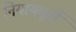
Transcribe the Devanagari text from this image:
नियायमूर्ती